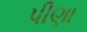
પીણા